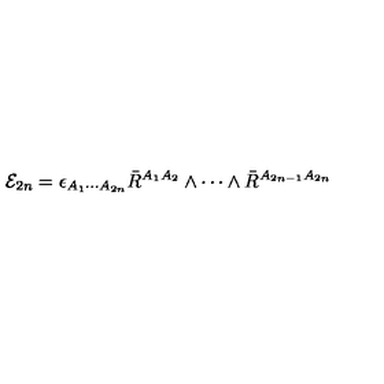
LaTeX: { \cal E } _ { 2 n } = \epsilon _ { A _ { 1 } \cdots A _ { 2 n } } \bar { R } ^ { A _ { 1 } A _ { 2 } } \wedge \cdots \wedge \bar { R } ^ { A _ { 2 n - 1 } A _ { 2 n } }